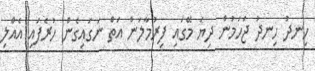
ހިނދު ހިނދު ޖަހަމުން ދިޔަ މޭގައި ފިރުމާލަން އަތް ނަގައިގެން ހުރެފައި އެއްލި